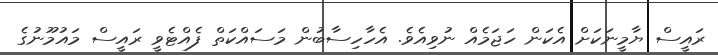
ރައީސް ޔާމީނަކަށް އެކަން ހަޖަމެއް ނުވިއެވެ. އެހާހިސާބުން މަސައްކަތް ފެއްޓެވީ ރައީސް މައުމޫނުގެ